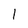
Character: l